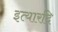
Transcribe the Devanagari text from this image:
इत्यारदि